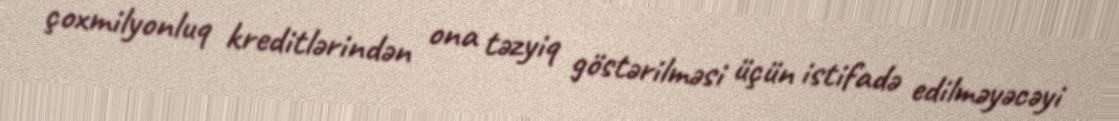
çoxmilyonluq kreditlərindən ona təzyiq göstərilməsi üçün istifadə edilməyəcəyi